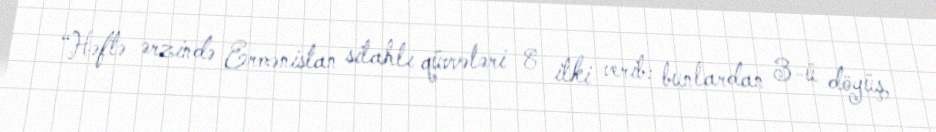
“Həftə ərzində Ermənistan silahlı qüvvələri 8 itki verib: bunlardan 3-ü döyüş,